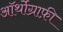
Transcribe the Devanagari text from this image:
ऑर्थोग्राफ़ी